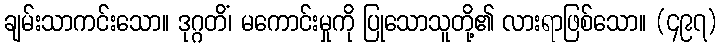
ချမ်းသာကင်းသော။ ဒုဂ္ဂတိံ၊ မကောင်းမှုကို ပြုသောသူတို့၏ လားရာဖြစ်သော။ (၄၉၇)